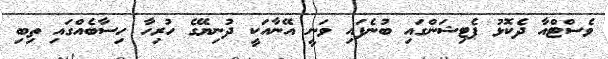
ވެސްޓްއާ ދެކޮޅު ޕެޓިޝަންގައި ބުނެފައި ވަނީ އޭނާއަކީ ދުނިޔޭގެ ހުރިހާ ހިސާބެއްގައި ތިބި